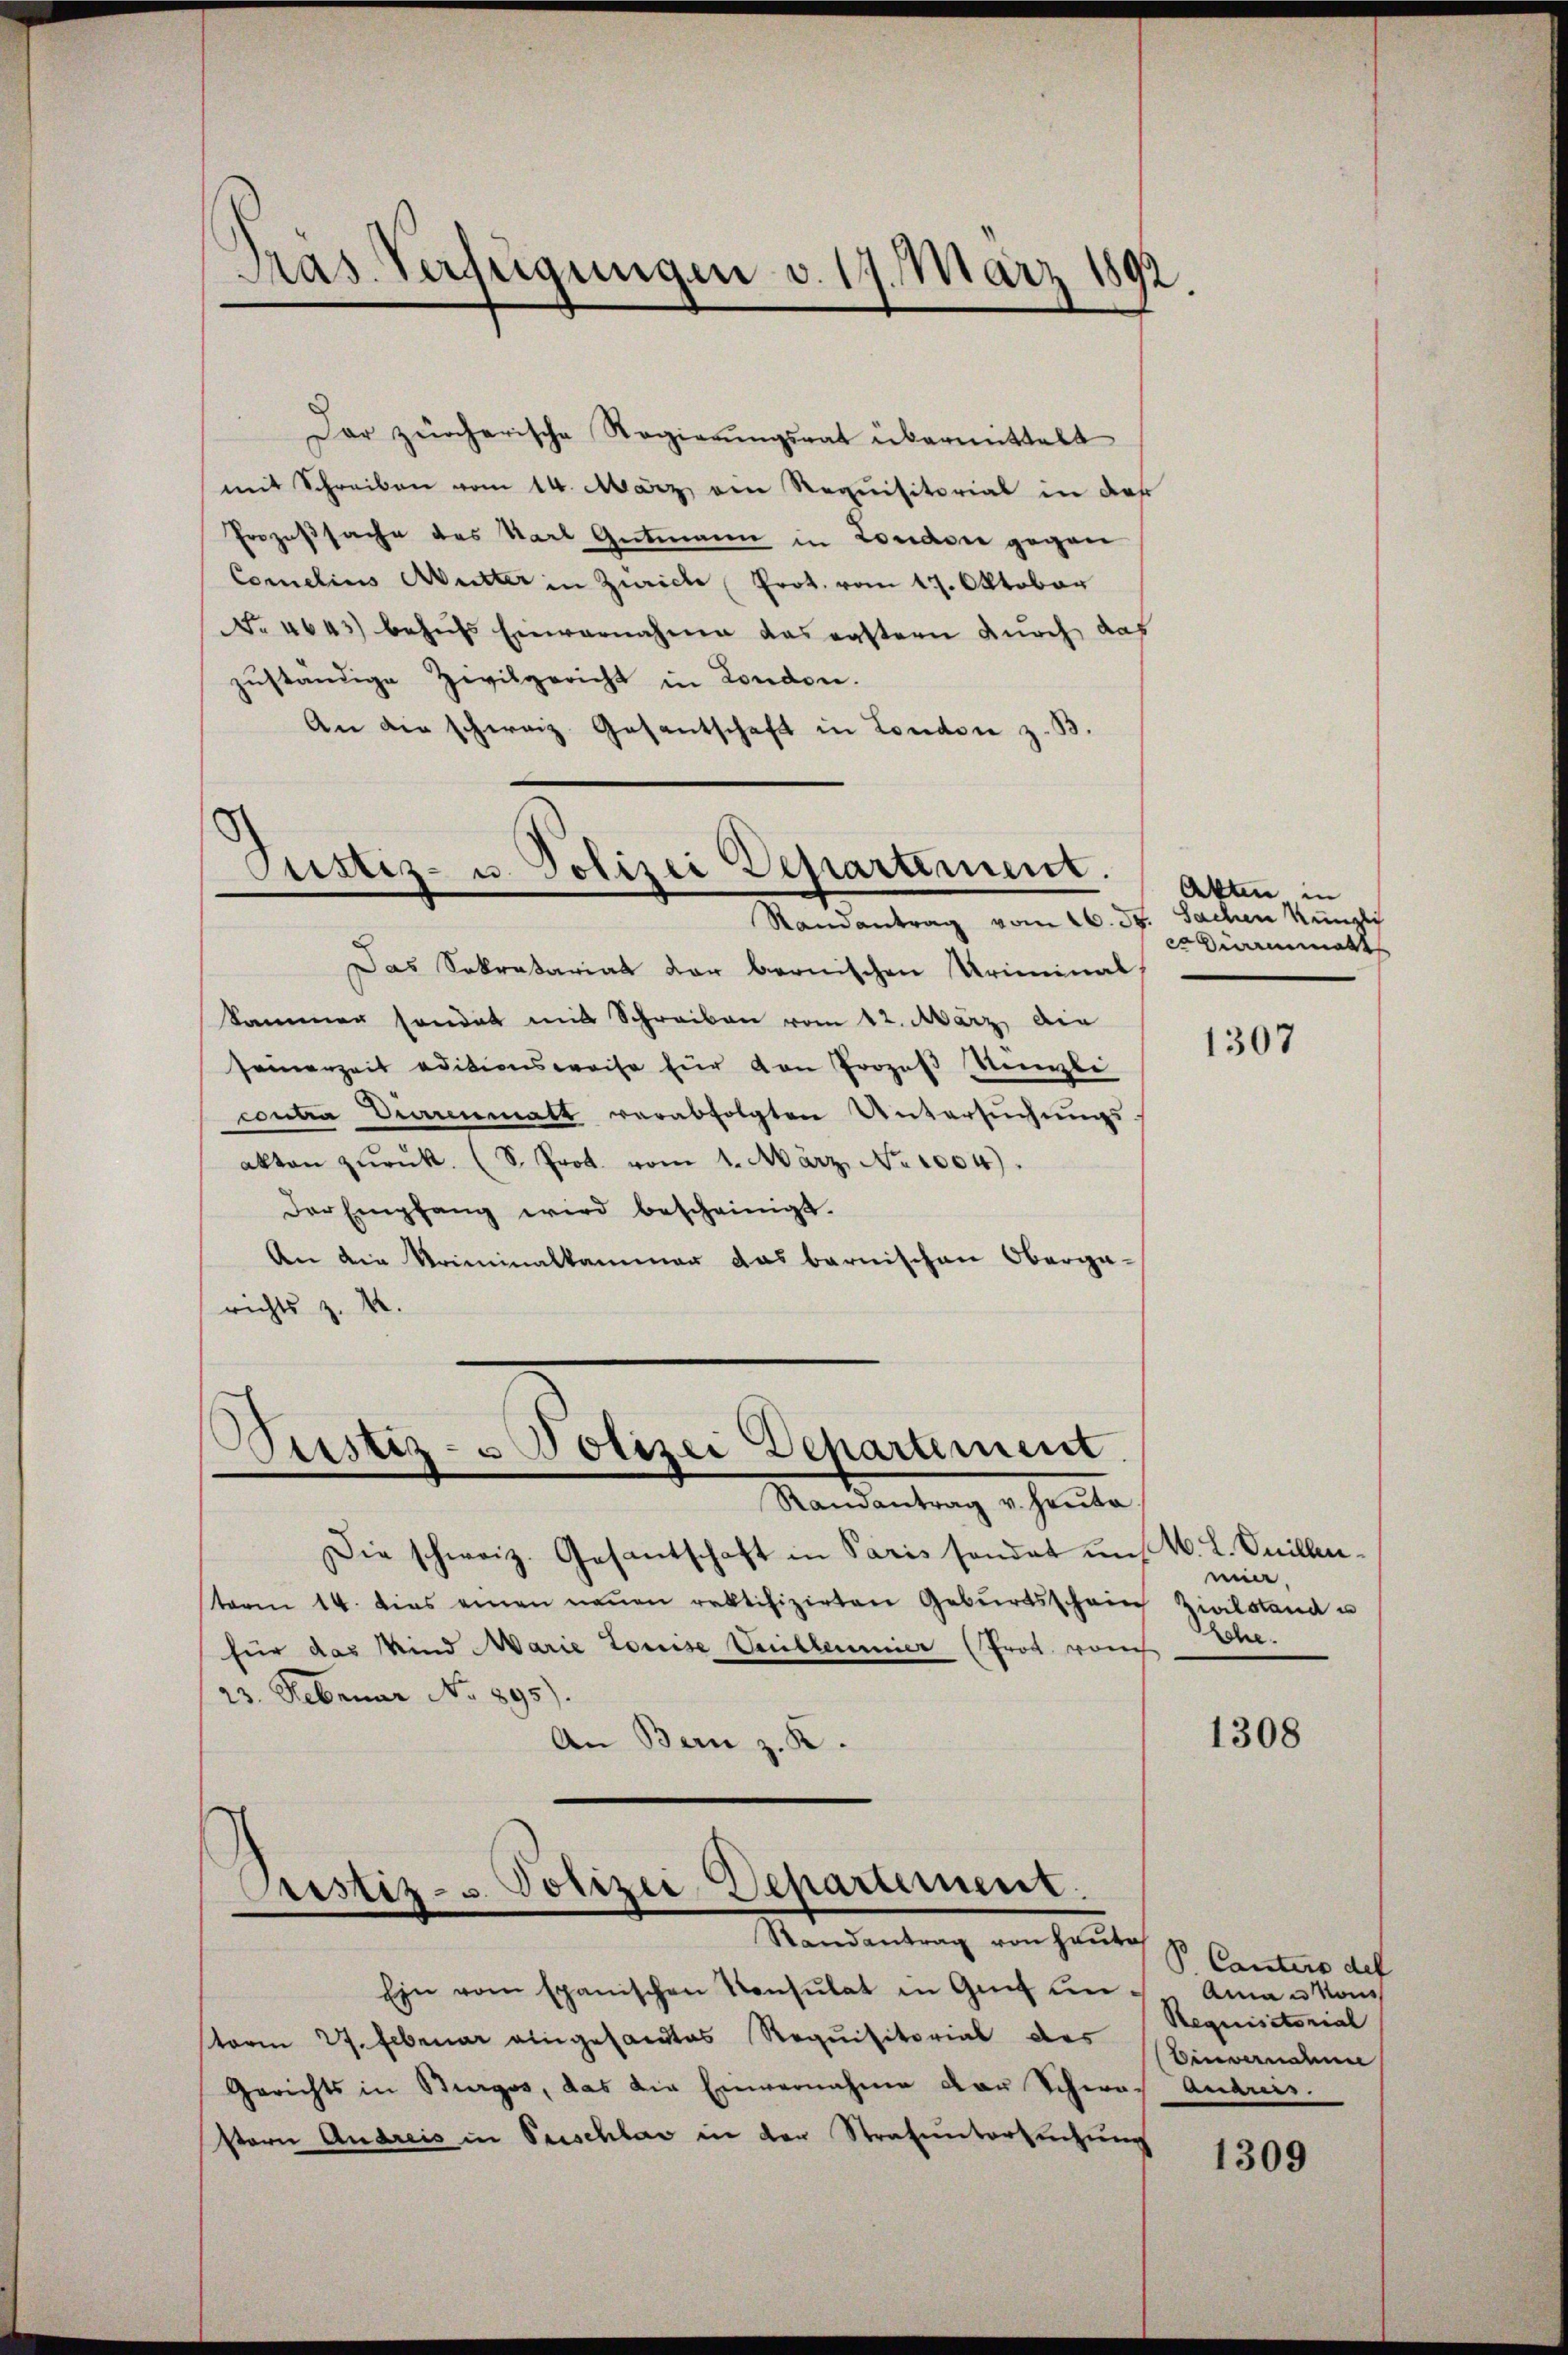
Pras Verfügungen v. 17. März 1892.

Der zeicherische Regierungsrat übermittelt
mit Schreiben vom 14. März ein Requisitorial in das
Prozeßsache des Karl Gutmann in London gegen
Comelius Mutter in Zürich Prot. vom 17. Oktober
No 4643) behufs Einvernahme das erstern durch das
zuständige Zivilgericht in London.
An die schweiz. Gesantschaft in London z. B.

Pustiz- u. Polizei Departement.
Randantrag vom 26. d. Sachen Küngli

Akten in
wammelt

Das Sekretariat der bernischen Uriminal
Sammer sonder mit Schreiben vom 12. März die
seinerzeit aditionsweise für von Prozeβ Nezbe
contra Derrenmatt verabfolgten Untersuchungs
akten zŭrück. (S. Prot. vom 1. März, No 1004).
Der Empfang wird bescheinigt.
An die Kriminalkammer das barnischen Oberga-
richts z. B.

1307

Pustiz- u Polizei Departement.
Randantrag v. heute

Die schweiz. Gesantschaft in Paris sendet uns M. L. Onillenterm 14. dies einen neuen rektifizirten Geburtsschein Zivilstand u
für das Kind Marie Louise Weilleumier (Prot. vom Ehe-
23. Februar No 895).
An Bern z. R.

mia.

1308

Justiz- u. Polizei Departement.
e
Randantrag von Haute

Canters des
Ainau von
Requisitorial
Einvernahme

Ein vom spanischen Konsulat in Gut den
sterm 27. Februar eingesamtes Requisitorial des
Gerichts in Burges, das die Einvernahme der Schwach Andreis.
stern Andreis in Beschlag in der Strafuntersuchung

1309